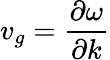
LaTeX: v_{g}={\frac{\partial\omega}{\partial k}}